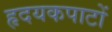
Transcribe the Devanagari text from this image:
हृदयकपाटों